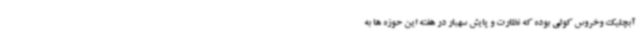
آبچلیک وخروس کولی بوده که نظارت و پایش سهبار در هفته این حوزه ها به